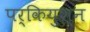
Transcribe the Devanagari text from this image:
पर्कियुश्न